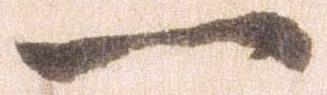
一